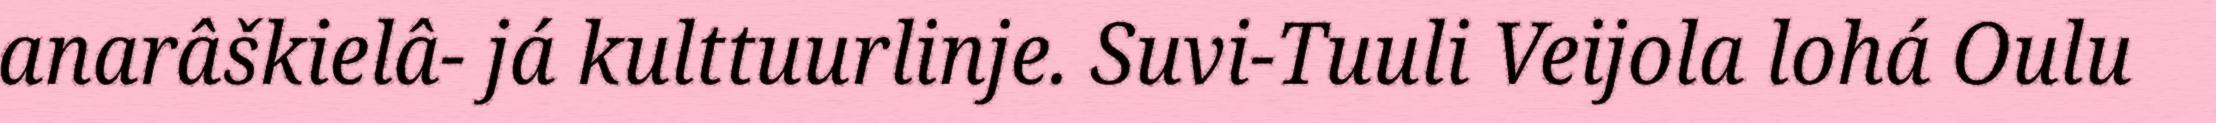
anarâškielâ- já kulttuurlinje. Suvi-Tuuli Veijola lohá Oulu